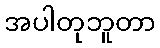
အပါတုဘူတာ